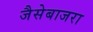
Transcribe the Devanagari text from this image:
जैसेबाजरा